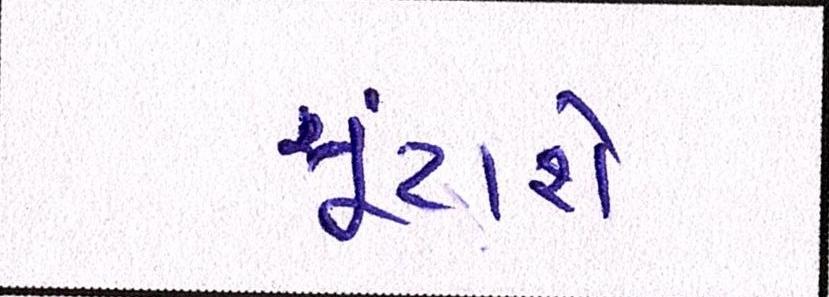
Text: ચૂંટાશે